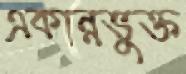
একান্নভুক্ত